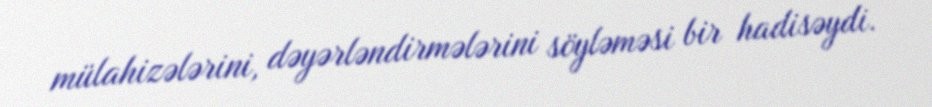
mülahizələrini, dəyərləndirmələrini söyləməsi bir hadisəydi.